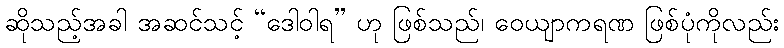
ဆိုသည့်အခါ အဆင်သင့် “ဒေါဝါရ” ဟု ဖြစ်သည်၊ ဝေယျာကရဏ ဖြစ်ပုံကိုလည်း